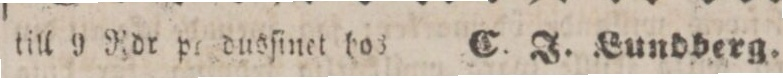
till 9 Rdr p???dusſinet hos    C. J. Lundberg.